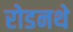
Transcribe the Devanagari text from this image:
रोडनथे